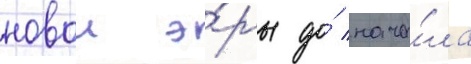
новои э́ры до́ нача́ла